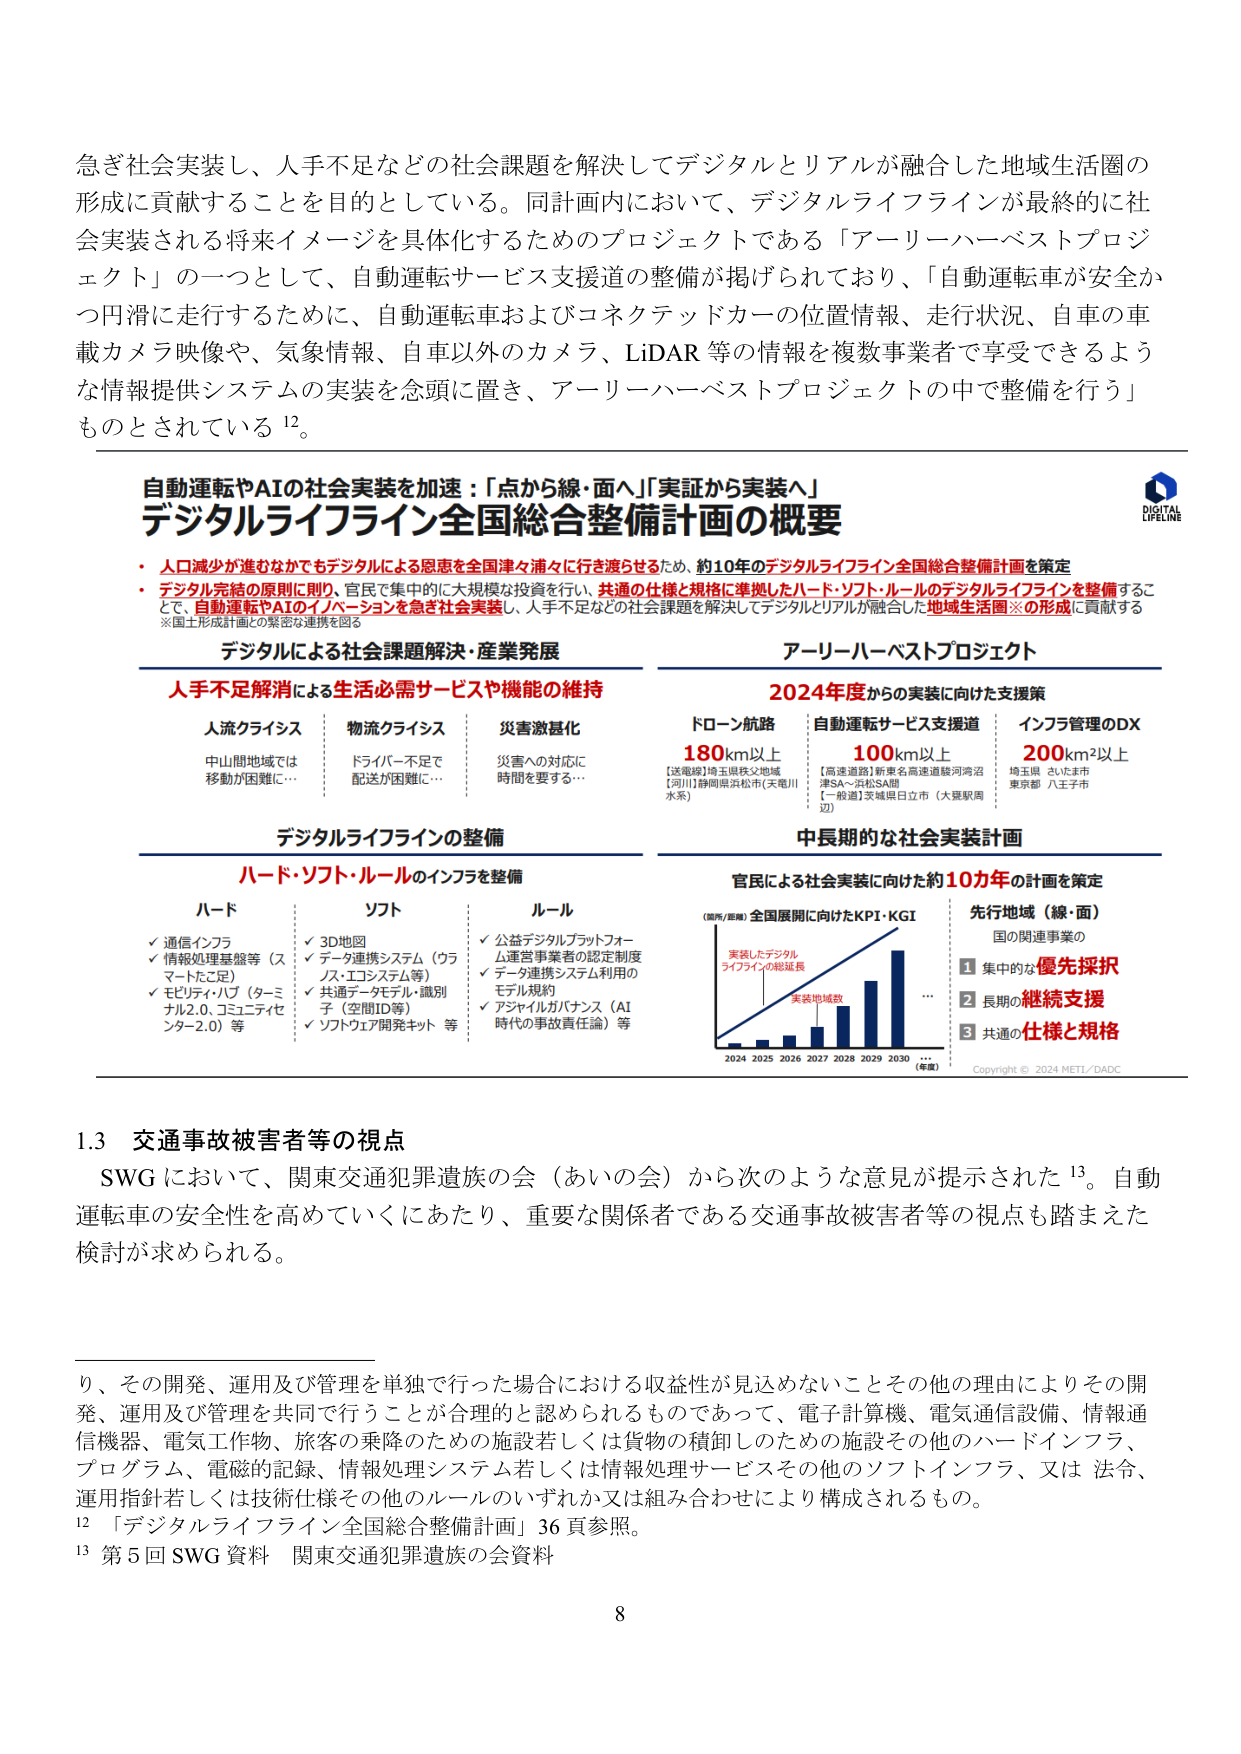
急ぎ社会実装し、人手不足などの社会課題を解決してデジタルとリアルが融合した地域生活圏の形成に貢献することを目的としている。同計画内において、デジタルライフラインが最終的に社会実装される将来イメージを具体化するためのプロジェクトである「アーリーハーベストプロジェクト」の一つとして、自動運転サービス支援道の整備が掲げられており、「自動運転車が安全かつ円滑に走行するために、自動運転車およびコネクテッドカーの位置情報、走行状況、自車の車載カメラ映像や、気象情報、自車以外のカメラ、LiDAR等の情報を複数事業者で享受できるような情報提供システムの実装を念頭に置き、アーリーハーベストプロジェクトの中で整備を行う」ものとされている12。

自動運転やAIの社会実装を加速：「点から線・面へ」「実証から実装へ」
デジタルライフライン全国総合整備計画の概要

・人口減少が進むなかでもデジタルによる恩恵を全国津々浦々に行き渡らせるため、約10年のデジタルライフライン全国総合整備計画を策定
・デジタル完結の原則に則り、官民で集中的に大規模な投資を行い、共通の仕様と規格に準拠したハード・ソフト・ルールのデジタルライフラインを整備することで、自動運転やAIのイノベーションを急ぎ社会実装し、人手不足などの社会課題を解決してデジタルとリアルが融合した地域生活圏※の形成に貢献する
※国土形成計画との緊密な連携を図る

デジタルによる社会課題解決・産業発展
人手不足消解による生活必需サービスや機能の維持
人流クラシス　物流クラシス　災害激甚化
中山間地域では　ドライバー不足で　災害への対応に
移動が困難に…　配送が困難に…　時間を要する…

アーリーハーベストプロジェクト
2024年度からの実装に向けた支援策
ドローン航路　自動運転サービス支援道　インフラ管理のDX
180km以上　100km以上　200km²以上
【送電線】埼玉県秩父地域　【高速道路】新東名高速道路駿河湾沼津SA～浜松SA間　埼玉県 さいたま市
【河川】静岡県浜松市（天竜川　【一般道】茨城県日立市（大里駅周　東京都 八王子市
水系）　　　　　　　　　　辺）

デジタルライフラインの整備
ハード・ソフト・ルールのインフラを整備
ハード　ソフト　ルール
✓通信インフラ　✓3D地図　✓公益デジタルプラットフォーム運営事業者の認定制度
✓情報処理基盤等（スマートたこ足）　✓データ連携システム（クラウド・エコシステム等）　✓データ連携システム利用のモデル規約
✓モビリティ・ハブ（ターミナル2.0、コミュニティセンター2.0）等　✓共通データモデル・識別子（空間ID等）　✓アジャイルガバナンス（AI時代の事故責任論）等
✓ソフトウェア開発キット 等

中長期的な社会実装計画
官民による社会実装に向けた約10カ年の計画を策定
（国所/県単）全国展開に向けたKPI・KGI
実装したデジタルライフラインの総延長
実装地域数
2024 2025 2026 2027 2028 2029 2030 …
（年度）
先行地域（線・面）
国の関連事業の
①集中的な優先採択
②長期的継続支援
③共通の仕様と規格
Copyright © 2024 METI/DADC

1.3 交通事故被害者等の視点
SWGにおいて、関東交通犯罪遺族の会（あいの会）から次のような意見が提示された13。自動運転車の安全性を高めていくにあたり、重要な関係者である交通事故被害者等の視点も踏まえた検討が求められる。

り、その開発、運用及び管理を単独で行った場合における収益性が見込めないことその他の理由によりその開発、運用及び管理を共同で行うことが合理的と認められるものであって、電子計算機、電気通信設備、情報通信機器、電気工作物、旅客の乗降のための施設若しくは貨物の積卸しのための施設その他のハードインフラ、プログラム、電磁的記録、情報処理システム若しくは情報処理サービスその他のソフトインフラ、又は 法令、運用指針若しくは技術仕様その他のルールのいずれか又は組み合わせにより構成されるもの。

12 「デジタルライフライン全国総合整備計画」36頁参照。
13 第5回SWG資料 関東交通犯罪遺族の会資料

8